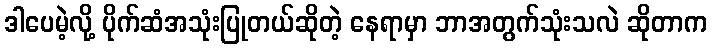
ဒါပေမဲ့လို့ ပိုက်ဆံအသုံးပြုတယ်ဆိုတဲ့ နေရာမှာ ဘာအတွက်သုံးသလဲ ဆိုတာက